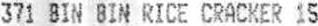
371 BIN BIN RICE CRACKER 15